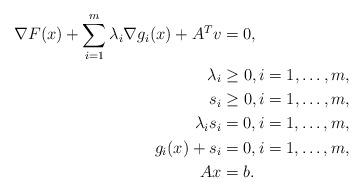
LaTeX: \begin{align*}\nabla F(x) + \sum_{i = 1}^m \lambda_i\nabla g_i(x) + A^T v&= 0,\\ \lambda_i&\geq 0, i= 1, \dots, m, \\ s_i&\geq 0, i= 1, \dots, m, \\ \lambda_i s_i &= 0 , i= 1, \dots, m, \\ g_i(x) +s_i&= 0, i= 1, \dots, m,\\A x &= b.\end{align*}